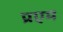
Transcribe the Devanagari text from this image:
प्रएम